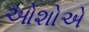
ઓશોએ